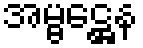
အမ္ဗဋ္ဌေန